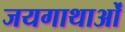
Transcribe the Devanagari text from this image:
जयगाथाओं